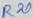
Text: R20